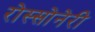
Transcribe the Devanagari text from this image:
रोस्सोनेरी